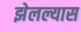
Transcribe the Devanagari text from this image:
झेलल्यास